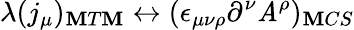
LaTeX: \lambda(j_{\mu})_{\mathbf{M}T\mathbf{M}}\leftrightarrow(\epsilon_{\mu\nu\rho}\partial^{\nu}\mathit{A}^{\rho})_{\mathbf{M}CS}